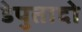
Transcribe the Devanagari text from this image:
डेपुतादो